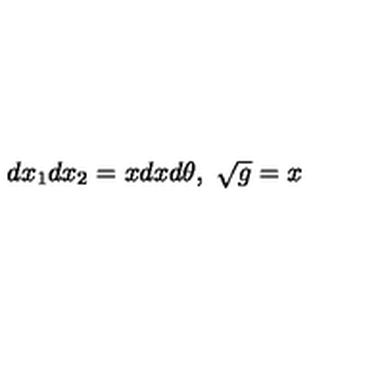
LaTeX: d x _ { 1 } d x _ { 2 } = x d x d \theta , \ \sqrt { g } = x